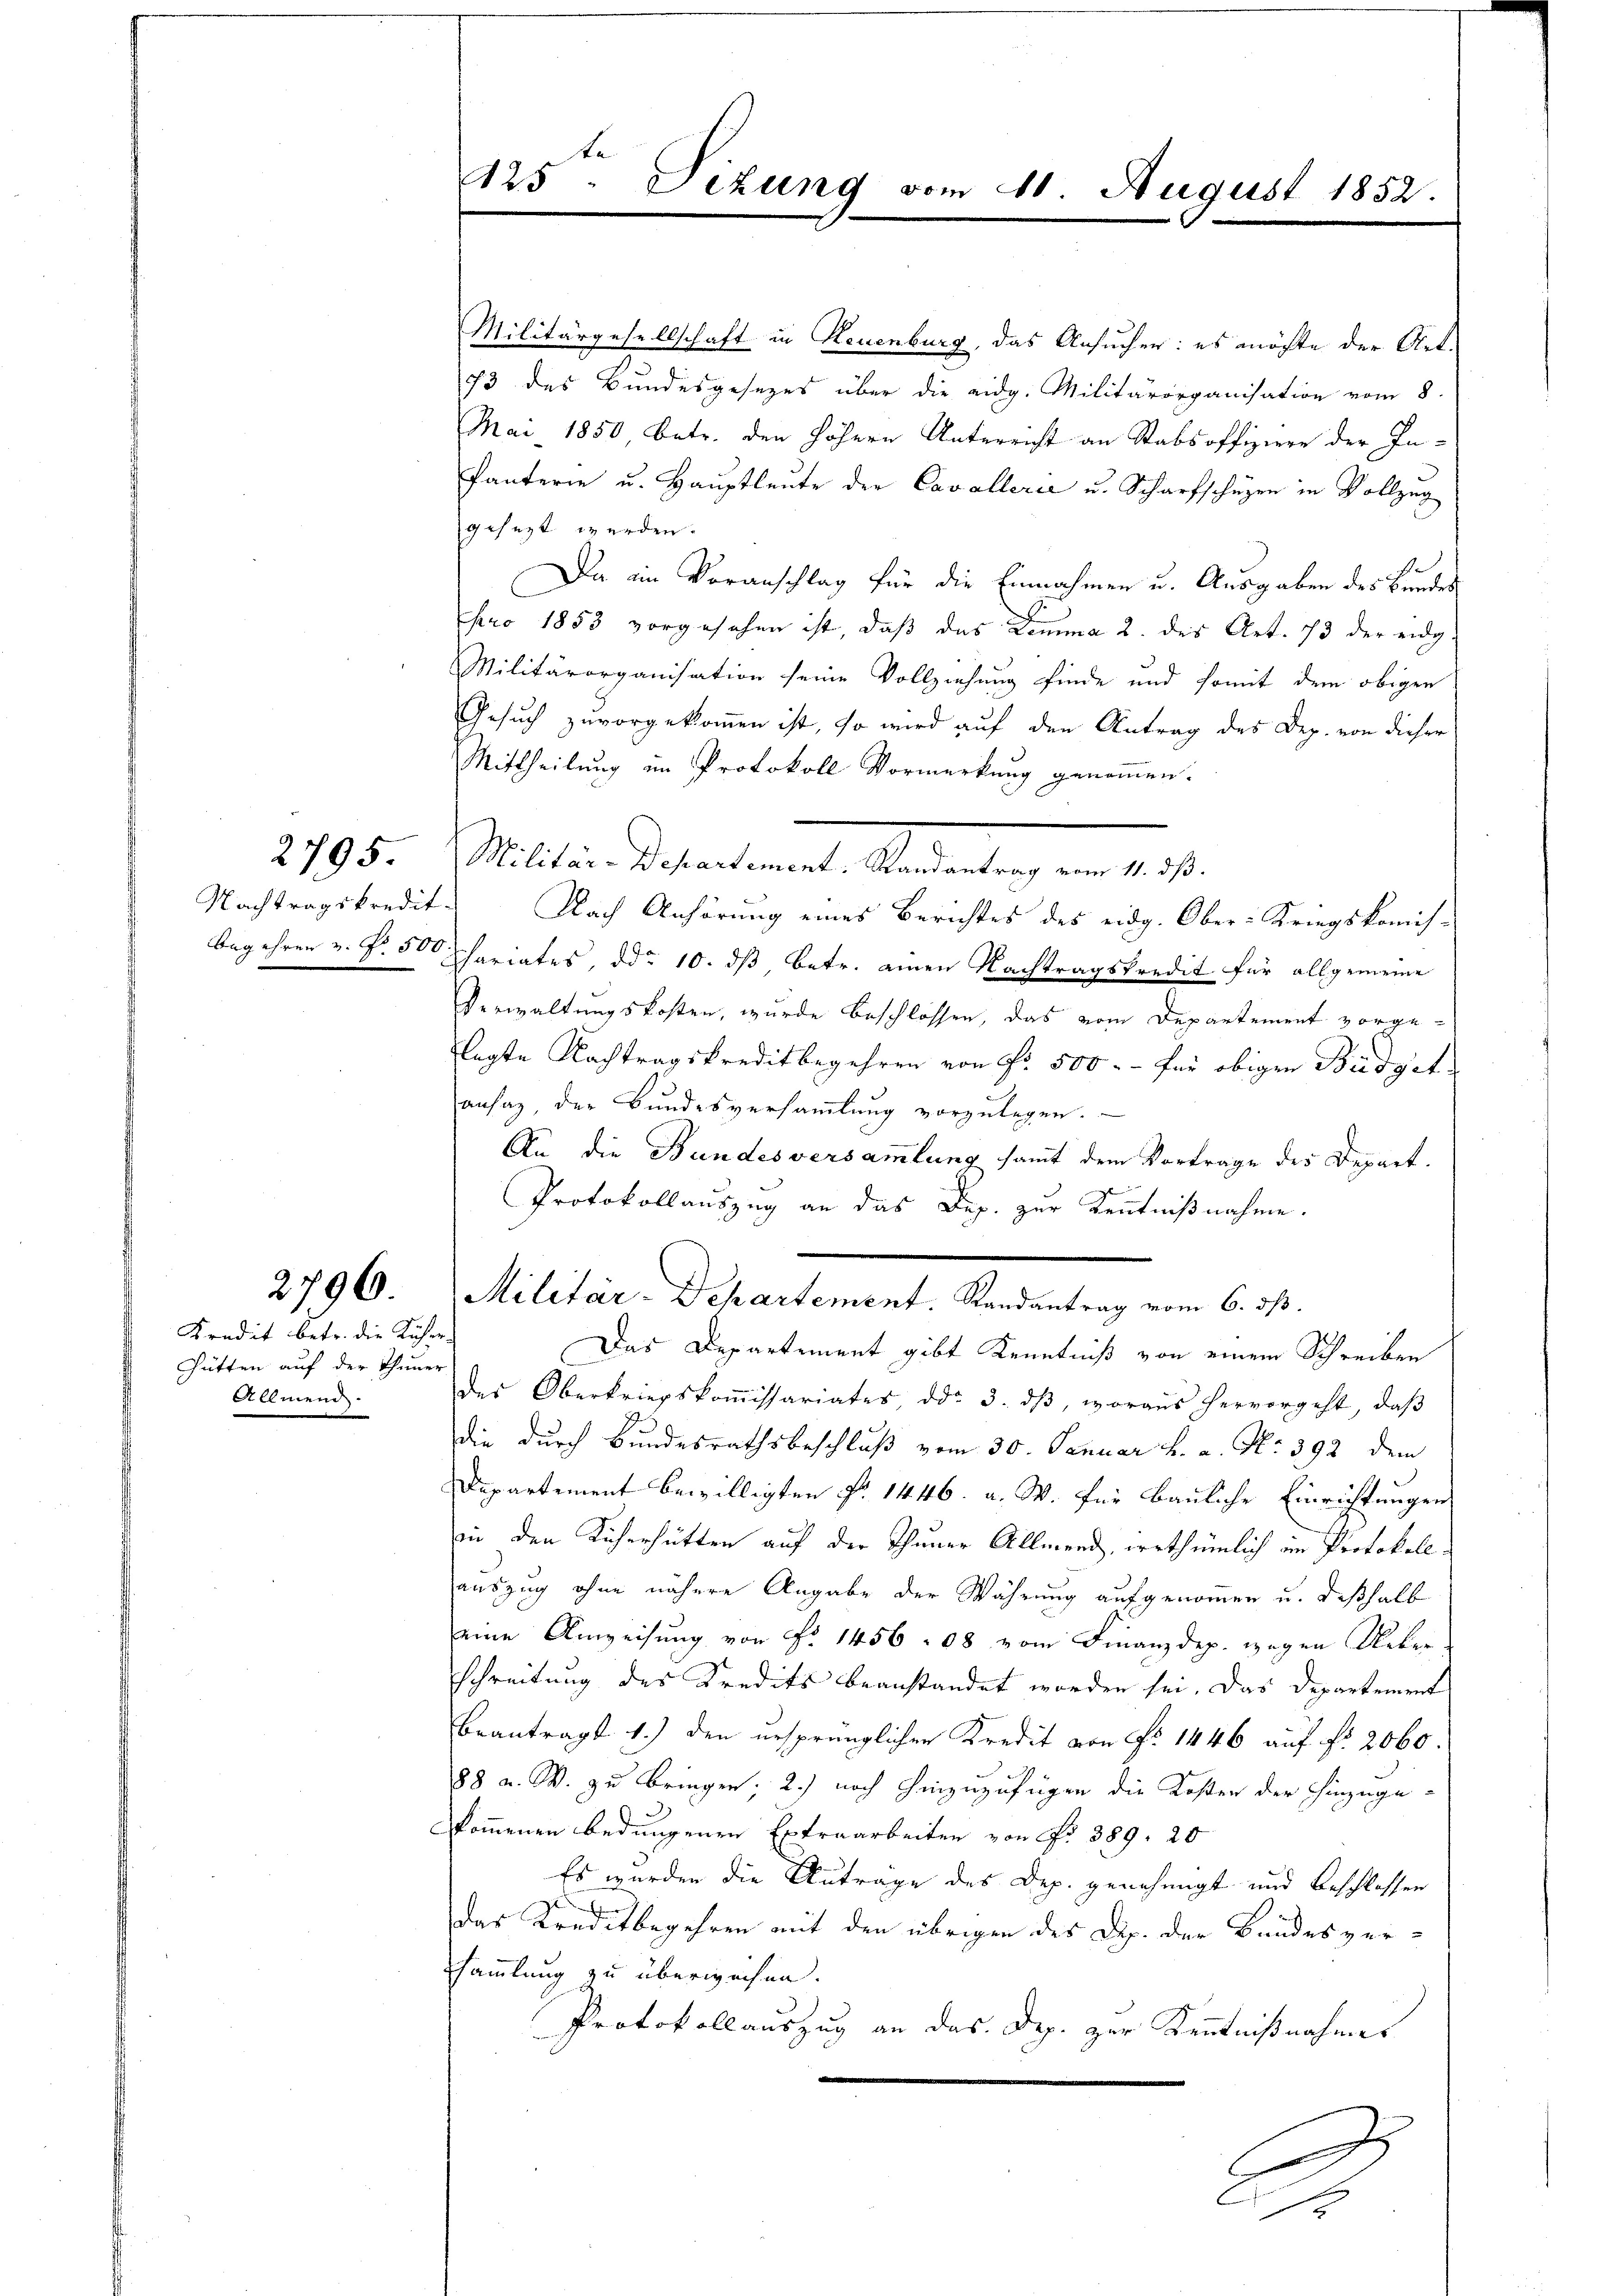
Nachtragskredit.
begehren v. §. 500

2795

2796.

Kredit betr. die Kücher-
Gütten auf der Thuner
Allmend.

te
125: Sizung vom 11. August 1852.

Militärgesellschaft in Reuenburg, das Ansucher: es möchte der Art.
73 des Bundesgesezes über die eidg. Militärorganisation vom 8.
Mai 1850 betr. den höhern Unterricht an Stabsoffiziere der In-
fanterie u. Haŭptleŭte der Cavallerie u. Scharfschüzen in Vollzug
gesezt werden.
Da ain Voranschlag für die Einnahmen u. Ausgaben des Bundes
pro 1853 vorgesehen ist, daß das Limma 2. des Art. 73 der eidg.
Militärorganisation seine Vollziehung finde und somit dem obigen
Gesuch zuvorgekommen ist, so wird auf den Antrag des Dez. von dieser
Mittheilung im Protokoll Vormerkung genommen.
Malten datirte mit Marienten an ist.
 Nach Anhörung eines Berichtes des eidg. Ober-Kriegskomis-
Schariates, ddo 10. dβ betr. einen Nachtragskredit für allgemeine
Verwaltungskosten, wurde beschlossen, das vom Departement vorgelegte Nachtragskreditbegehren von Fr. 500.- für obigen Budget
ansaz der Bŭndesversaṁlŭng vorzŭlegen.
An die Bundesversammlung samt dem Vortrage des Depart.
Protokollauszug an das Dep. zur Kenntnißnahme.
Militär-Departement. Randantrag vom 6. ds.
Das Departement gibt Kenntniß von einem Schreiben
der Oberkriegskoṁissariates, dd. 3. dβ, woraus hervorgeht, daβ
die durch Bundesrathsbeschluß vom 30. Januar h. a. Nr. 392 dem
Departement bewilligten §. 1446. a. W. für bauliche Einrichtungen
in den Kicherhütten auf der Thuner Allmend, irrthümlich im Protokollauszug ohne nähere Angabe der Währung aufgenommen u. deßhalb
eine Anweisung von Fr. 1456 - 88 vom Finanzdep. wegen Ueber
schreitung des Kredits beanstandet worden sei. Das Departement
beantrags 1.) den ursprünglichen Kredit von No 1446 auf fr. 2060.
88 a. W. zu bringen; 2.) noch hinzuzufügen die Kosten der hinzugekom̅enen bedungenen Extraarbeiten von No 389. 20
Es wurden die Antrage des Dep. genehmigt und beschlossen
d
das Kreditbegehren mit den übrigen des Dip. der Bundesver-
sammlung zu überweisen.
Protokollauszug an das Dep. zur Kenntnißnahmes
A
A12